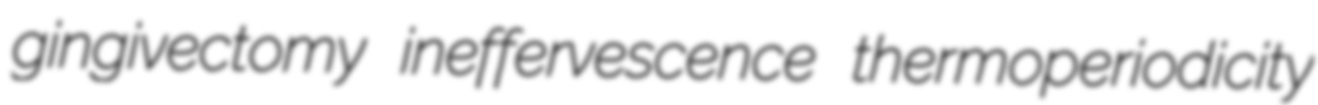
gingivectomy ineffervescence thermoperiodicity